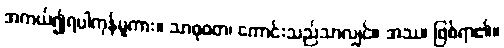
အကယ်၍ရပါကုန်မူကား။ သာဓုဝတ၊ ကောင်းသည်သာလျှင်။ အဿ၊ ဖြစ်ရာ၏။